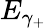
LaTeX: E_{\gamma_{+}}